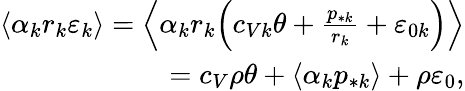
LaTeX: \begin{array}{r}{\langle\alpha_{k}r_{k}\varepsilon_{k}\rangle=\Big\langle\alpha_{k}r_{k}\Big(c_{Vk}\theta+\frac{p_{*k}}{r_{k}}+\varepsilon_{0k}\Big)\Big\rangle}\\ {=c_{V}\rho\theta+\langle\alpha_{k}p_{*k}\rangle+\rho\varepsilon_{0},}\end{array}